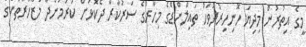
މީގެ އިތުރުން މިދިޔަ ހޮނިހިރުދުވަހު ތައިލްންޑްގެ މިހާރުގެ ސަރުކާރާ ދެކޮޅަށް ކުރަމުންދާ މުޒާހަރާތަކުގެ